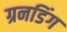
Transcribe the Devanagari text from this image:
ग्रनडिंग